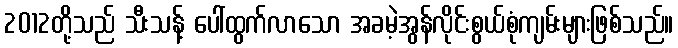
2012တို့သည် သီးသန့် ပေါ်ထွက်လာသော အခမဲ့အွန်လိုင်းစွယ်စုံကျမ်းများဖြစ်သည်။